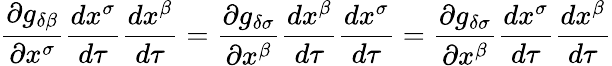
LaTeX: \frac{\partial g_{\delta\beta}}{\partial x^{\sigma}}\frac{dx^{\sigma}}{d\tau}\frac{dx^{\beta}}{d\tau}=\frac{\partial g_{\delta\sigma}}{\partial x^{\beta}}\frac{dx^{\beta}}{d\tau}\frac{dx^{\sigma}}{d\tau}=\frac{\partial g_{\delta\sigma}}{\partial x^{\beta}}\frac{dx^{\sigma}}{d\tau}\frac{dx^{\beta}}{d\tau}